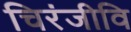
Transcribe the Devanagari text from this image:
चिरंजीवि